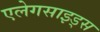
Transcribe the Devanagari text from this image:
एलेगसाइड्स